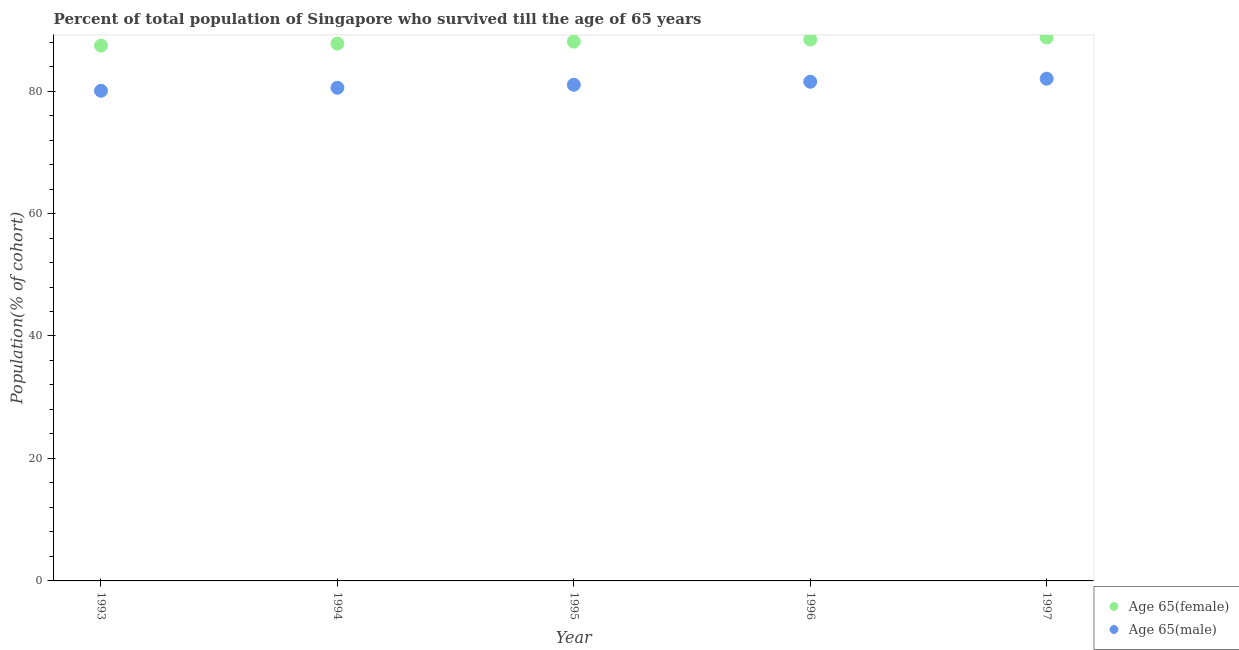
| Year | Age 65(female) | Age 65(male) |
 | --- | --- | --- |
 | 1993 | 87.4 | 80 |
 | 1994 | 87.8 | 80.5 |
 | 1995 | 88.1 | 81 |
 | 1996 | 88.4 | 81.5 |
 | 1997 | 88.7 | 82 |